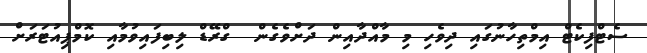
ސެޓްފިކެޓް އިމްތިހާނުގައި ދިވެހި މި މާއްދާއިން ދަށްވެގެން  ގްރޭޑް ލިބިފައިވުމާއި ކޮމްޕިއުޓަރަށް